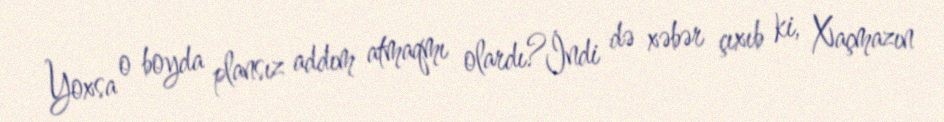
Yoxsa o boyda plansız addım atmaqmı olardı?İndi də xəbər çıxıb ki, Xaçmazın